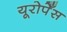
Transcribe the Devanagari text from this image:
यूरोपेँस